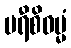
မရီစိဓမ္မံ